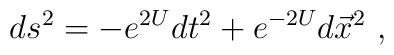
ds^2 =-e^{2U} dt^2 + e^{-2U} d \vec x^2 \ ,